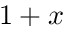
1 + x